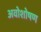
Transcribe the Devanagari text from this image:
अवोशोषण